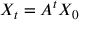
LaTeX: X _ { t } = A ^ { t } X _ { 0 }